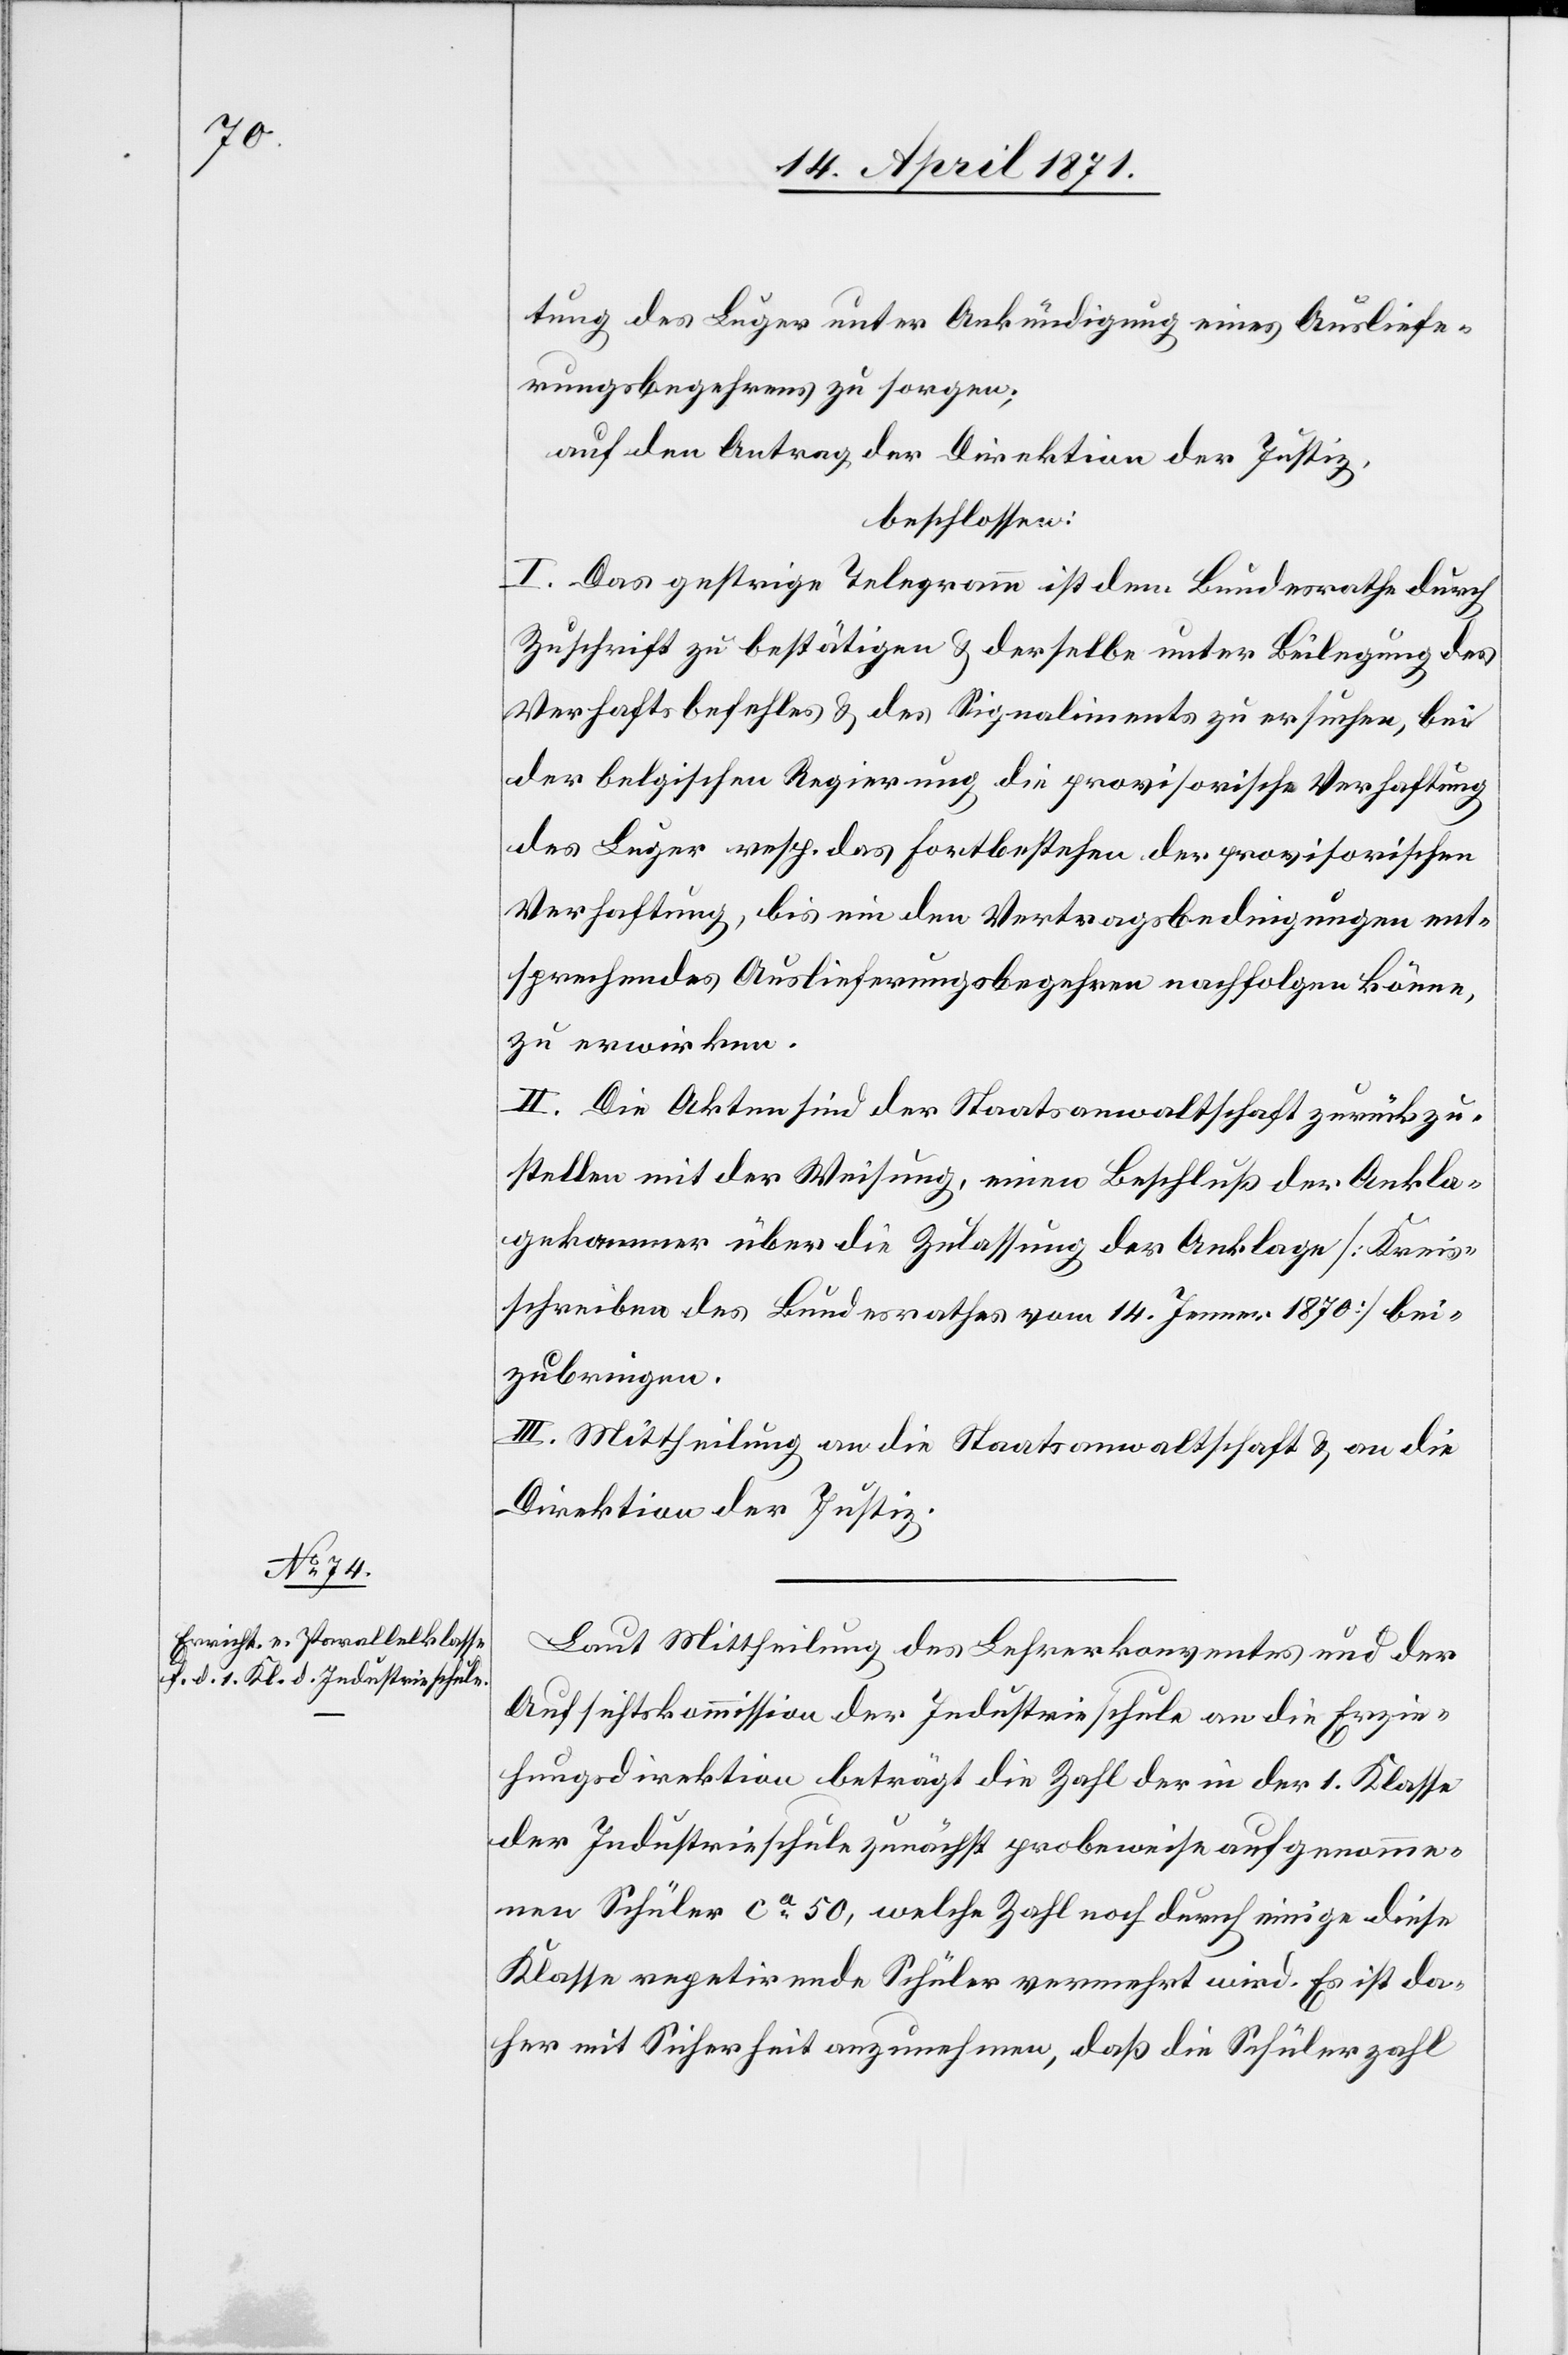
tung des Luger unter Ankündigung eines Ausliefe¬
rungsbegehrens zu sorgen;
auf den Antrag der Direktion der Justiz,
beschlossen:
I. Das gestrige Telegramm ist dem Bundesrath durch
Zuschrift zu bestätigen u. derselbe unter Beilegung des
Verhaftsbefehles u. des Signaliments [sic!] zu ersuchen, bei
der belgischen Regierung die provisorische Verhaftung
des Luger resp. das Fortbestehen der provisorischen
Verhaftung, bis ein den Vertragsbedingungen ent¬
sprechendes Auslieferungsbegehren nachfolgen könne,
zu erwirken.
II. Die Akten sind der Staatsanwaltschaft zurückzu¬
stellen mit der Weisung, einen Beschluß der Ankla¬
gekammer über die Zulassung der Anklage [Kreis¬
schreiben des Bundesrathes vom 14. Jenner 1870] bei¬
zubringen.
III. Mittheilung an die Staatsanwaltschaft u. an die
Direktion der Justiz.
Laut Mittheilung des Lehrerkonventes und der
Aufsichtskommission der Industrieschule an die Erzie¬
hungsdirektion beträgt die Zahl der in der 1. Klasse
der Industrieschule zunächst probeweise aufgenomme¬
nen Schüler ca. 50, welche Zahl noch durch einige diese
Klasse repetirende Schüler vermehrt wird. Es ist da¬
her mit Sicherheit anzunehmen, daß die Schülerzahl